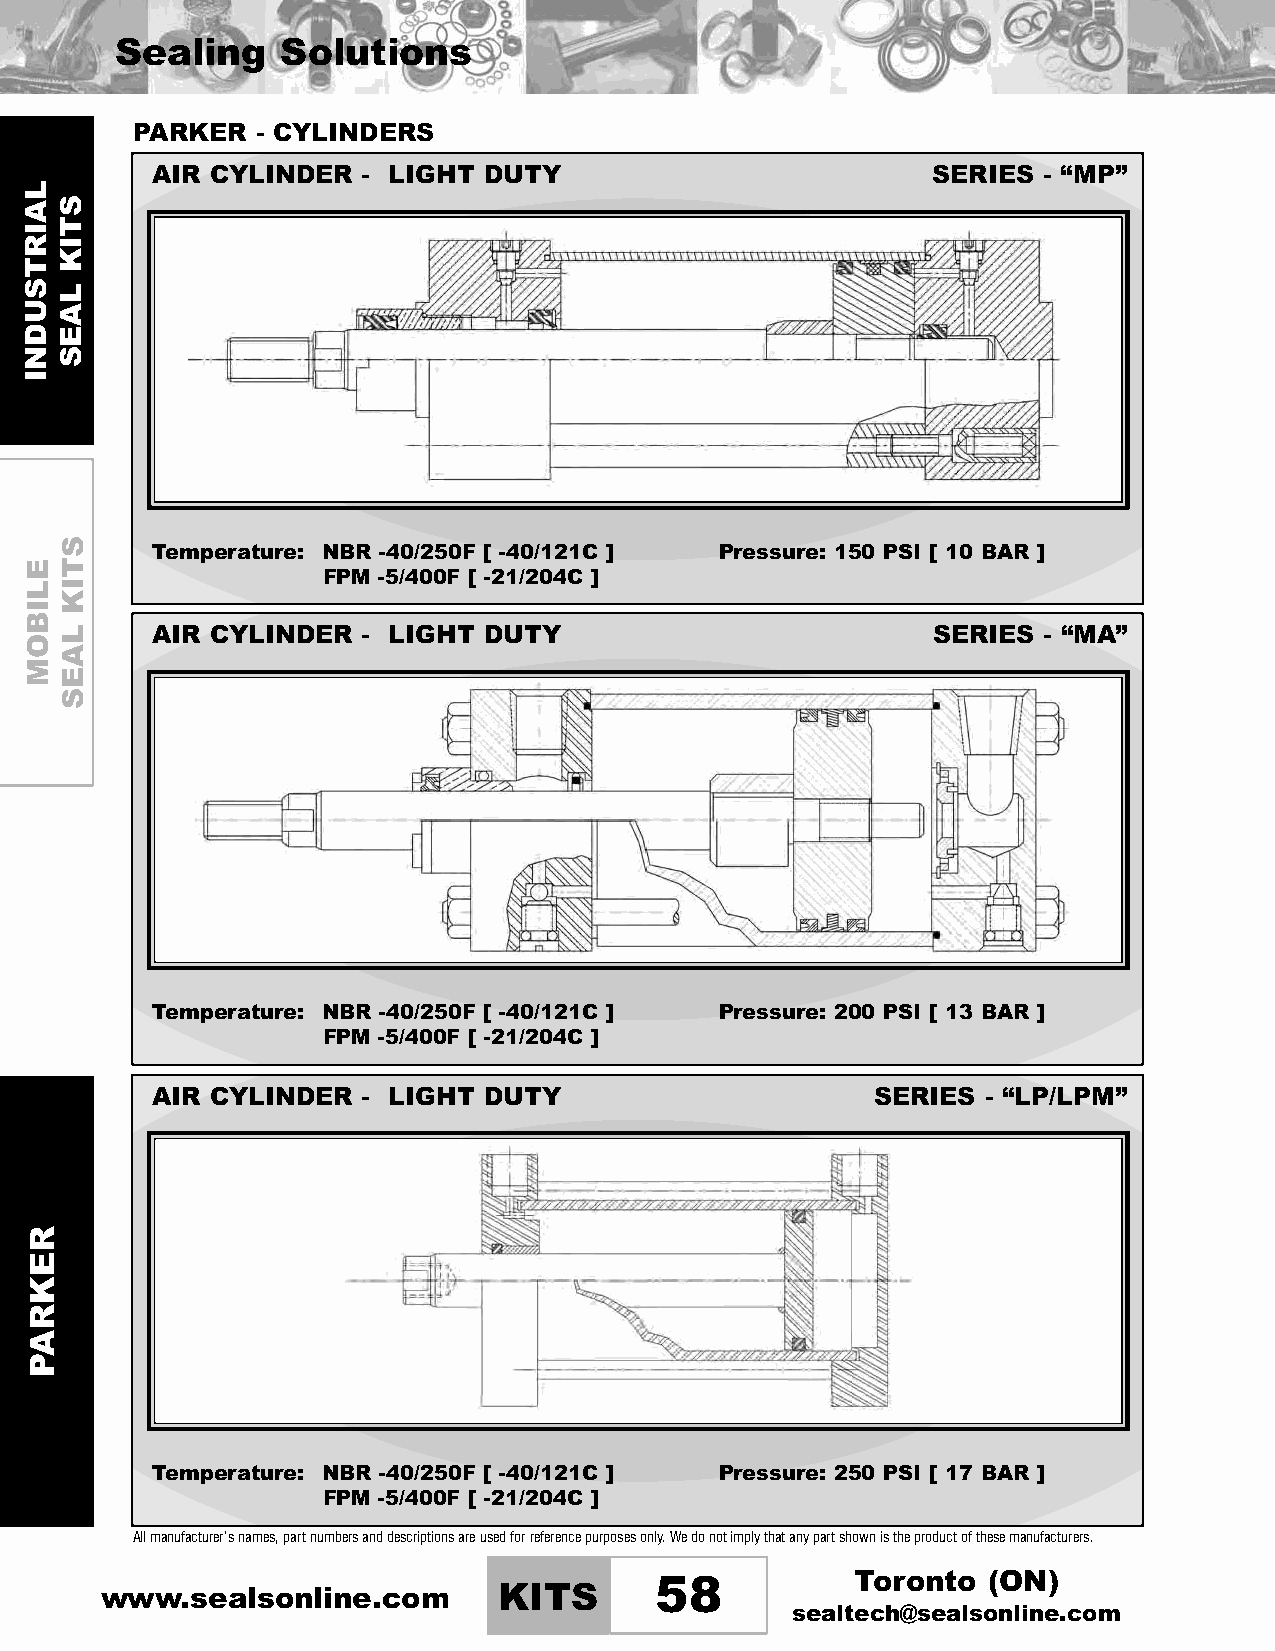
Sealing    Solutions
 PARKER  - CYLINDERS
 AIR CYLINDER  - LIGHT DUTY                          SERIES - “MP”
 Temperature: NBR -40/250F [ -40/121C ] Pressure: 150 PSI [ 10 BAR ]
 FPM -5/400F [ -21/204C ]
 AIR CYLINDER  - LIGHT DUTY                          SERIES - “MA”
 Temperature: NBR -40/250F [ -40/121C ] Pressure: 200 PSI [ 13 BAR ]
 FPM -5/400F [ -21/204C ]
 AIR CYLINDER  - LIGHT DUTY                      SERIES - “LP/LPM”
 Temperature: NBR -40/250F [ -40/121C ] Pressure: 250 PSI [ 17 BAR ]
 FPM -5/400F [ -21/204C ]
 Allmanufacturer’snames,partnumbersanddescriptionsareusedforreferencepurposesonly.Wedonotimplythatanypartshownistheproductofthesemanufacturers.
 Toronto (ON)
 www.sealsonline.com       KITS      58
 sealtech@sealsonline.com
 LAIRTSUDNI
 ELIBOM
 REKRAP
 STIK
 LAES
 STIK
 LAES